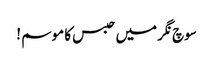
سوچ نگر میں حبس کا موسم !